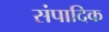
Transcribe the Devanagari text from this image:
संपादिक